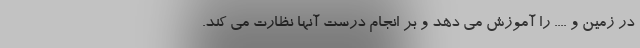
در زمین و .... را آموزش می دهد و بر انجام درست آنها نظارت می کند.